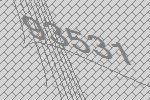
93531